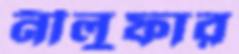
নীলুফার